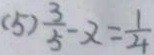
( 5 ) \frac { 3 } { 5 } - x = \frac { 1 } { 4 }